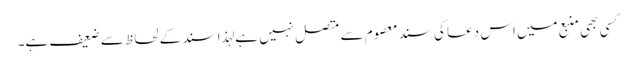
کسی بھی منبع میں اس دعا کی سند معصوم سے متصل نہیں ہے لہذا سند کے لحاظ سے ضعیف ہے۔